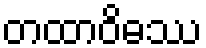
တထာဝိဓဿ